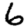
Digit: 6